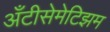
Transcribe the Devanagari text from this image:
अँटीसेमेटिझम